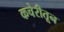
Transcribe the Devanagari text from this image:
कचेरीतून